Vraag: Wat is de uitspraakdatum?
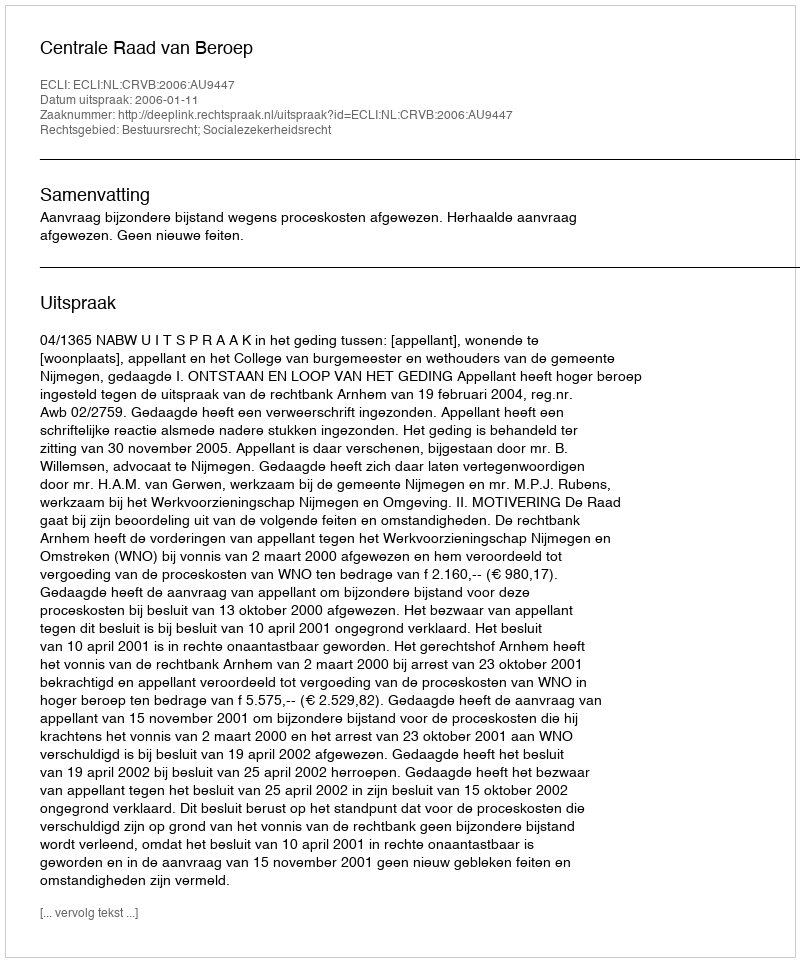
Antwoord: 2006-01-11